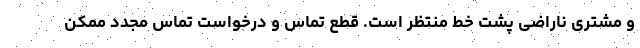
و مشتری ناراضی پشت خط منتظر است. قطع تماس و درخواست تماس مجدد ممکن